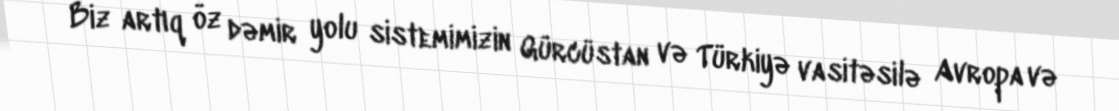
Biz artıq öz dəmir yolu sistemimizin Gürcüstan və Türkiyə vasitəsilə Avropa və